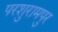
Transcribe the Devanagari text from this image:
परशुरामपुर